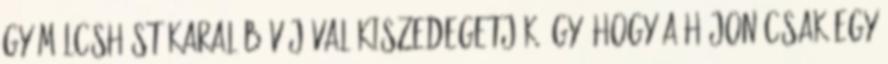
gyümölcshúst karalábévájóval kiszedegetjük úgy, hogy a héjon csak egy